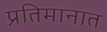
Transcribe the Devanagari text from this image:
प्रतिमानात